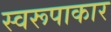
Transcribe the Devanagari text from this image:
स्वरूपाकार